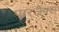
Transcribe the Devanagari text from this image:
पारलैक्स